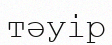
тәуір